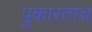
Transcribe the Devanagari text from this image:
पुकारताच